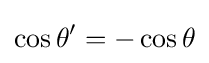
\cos \theta ^{\prime }=-\cos \theta